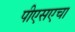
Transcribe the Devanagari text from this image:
पीएसएचा